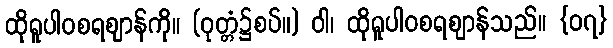
ထိုရူပါဝစရဈာန်ကို။ (ဝုတ္တံ၌စပ်။) ဝါ၊ ထိုရူပါဝစရဈာန်သည်။ {၀၇}